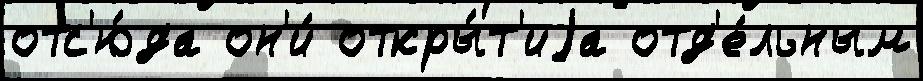
отс'ю́да он'и́ откры́т'иjа отд'е́льным